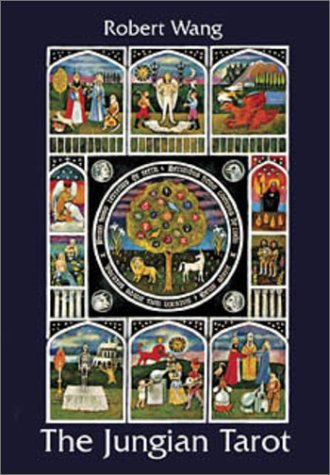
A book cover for The Jungian Tarot Deck; Robert Wang; Medical Books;